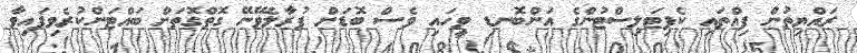
ރައްޔިތުން ފިއްތައި ކެޕިޓަލިސްޓުންގެ އަންބޮނޑި ވީހައި ވެސް ބޮޑަށް ފުރާލެވޭނޭ ގޮތްގޮތަށް ބައްޓަންކުރެވިފައިވާ